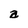
Character: a